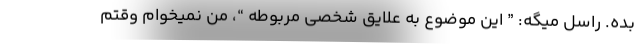
بده. راسل میگه: ” این موضوع به علایق شخصی مربوطه “، من نمیخوام وقتم